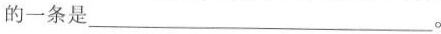
的一条是___。